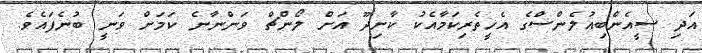
އަދި ސީއެންބިއުލެންސްގެ އެހީތެރިކަމާއެކު ކާށިދޫ އަށް ލޯންޗް ވަންނާނެ ކަމަށް ވަނީ ބުނެފައެވެ.